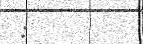
: